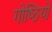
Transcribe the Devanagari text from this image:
गोष्‍ठियों